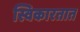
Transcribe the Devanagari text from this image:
स्विकारतात